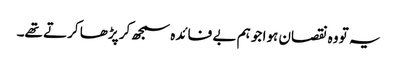
یہ تو وہ نقصان ہوا جو ہم بے فائدہ سمجھ کر پڑھا کرتے تھے۔